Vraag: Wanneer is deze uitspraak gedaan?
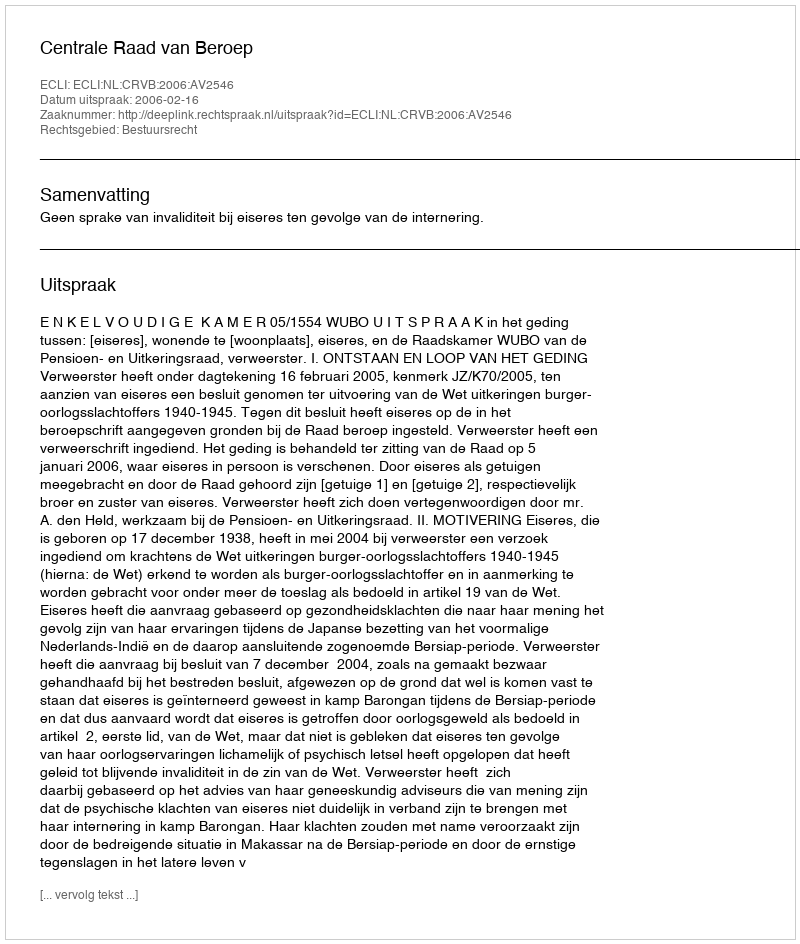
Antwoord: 2006-02-16